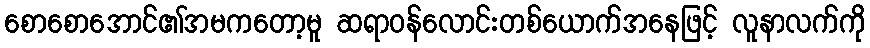
စောစောအောင်၏အမကတော့မူ ဆရာဝန်လောင်းတစ်ယောက်အနေဖြင့် လူနာလက်ကို